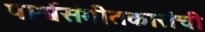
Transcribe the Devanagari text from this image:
पार्श्वसंगीतकारांची